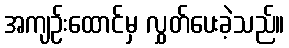
အကျဉ်းထောင်မှ လွှတ်ပေးခဲ့သည်။